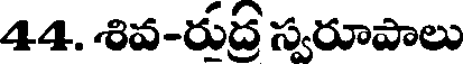
44. శివ-రుద్ర స్వరూపాలు